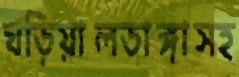
ঘড়িয়ালডাঙ্গাসহ